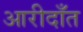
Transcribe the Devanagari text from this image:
आरीदाँत